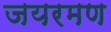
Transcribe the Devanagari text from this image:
जयरमण